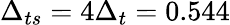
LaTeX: \Delta_{ts}=4\Delta_{t}=0.544